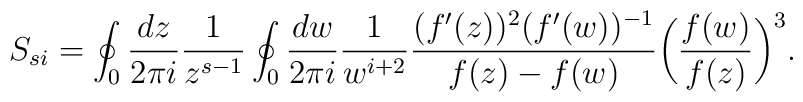
S_{si} = \oint_0 {dz \over 2\pi i} {1 \over z^{s-1}} \oint_0 {dw \over 2\pi i} {1 \over w^{i+2}} {(f'(z))^2 (f'(w))^{-1} \over f(z)-f(w)} \biggl( {f(w) \over f(z)} \biggr)^3.